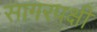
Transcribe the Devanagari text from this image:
सागरपक्षी